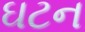
ઘટન